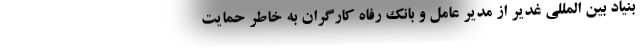
بنیاد بین المللی غدیر از مدیر عامل و بانک رفاه کارگران به خاطر حمایت